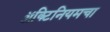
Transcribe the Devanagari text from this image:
ॲक्टिनियमचा